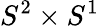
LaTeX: S^{2}\times S^{1}